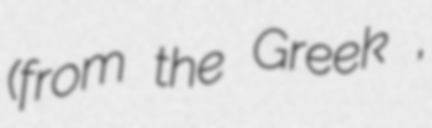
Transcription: (from the Greek χυλός,